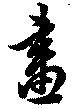
画